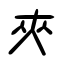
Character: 夾